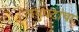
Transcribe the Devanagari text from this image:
लघुपटांचा